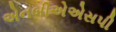
એનબીએએસપી